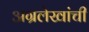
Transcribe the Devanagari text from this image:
अग्रलेखांची